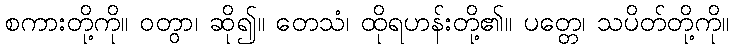
စကားတို့ကို။ ဝတွာ၊ ဆို၍။ တေသံ၊ ထိုရဟန်းတို့၏။ ပတ္တေ၊ သပိတ်တို့ကို။